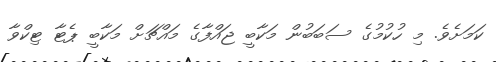
ކަމަށެވެ. މި ހުކުމުގެ ސަބަބުން މަކާބީ ޖައްފާގެ މައްޗަށް މަކާބީ ޕެޓާ ޓިކްވާ